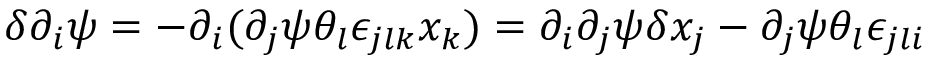
\delta \partial _ { i } \psi = - \partial _ { i } ( \partial _ { j } \psi \theta _ { l } \epsilon _ { j l k } x _ { k } ) = \partial _ { i } \partial _ { j } \psi \delta x _ { j } - \partial _ { j } \psi \theta _ { l } \epsilon _ { j l i }